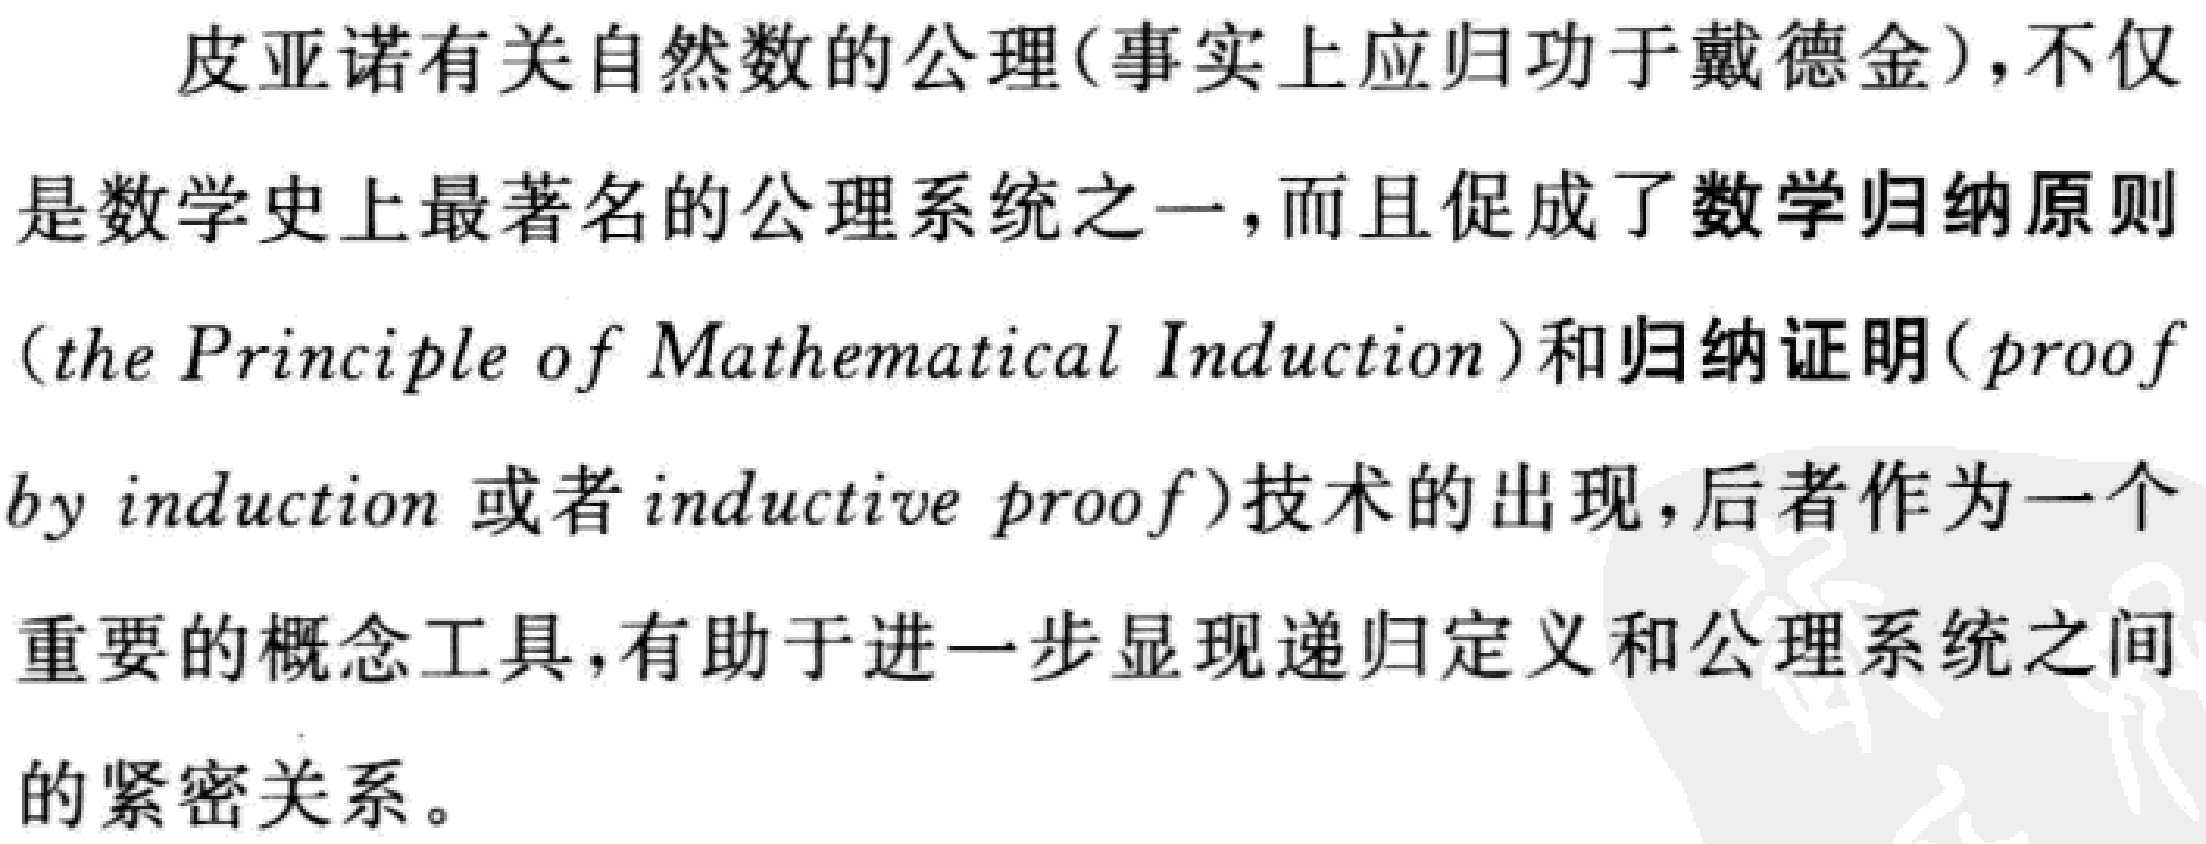
皮亚诺有关自然数的公理(事实上应归功于戴德金)，不仅是数学史上最著名的公理系统之一，而且促成了数学归纳原则(the Principle of Mathematical Induction)和归纳证明(proof by induction 或者 inductive proof)技术的出现，后者作为一个重要的概念工具，有助于进一步显现递归定义和公理系统之间的紧密关系。